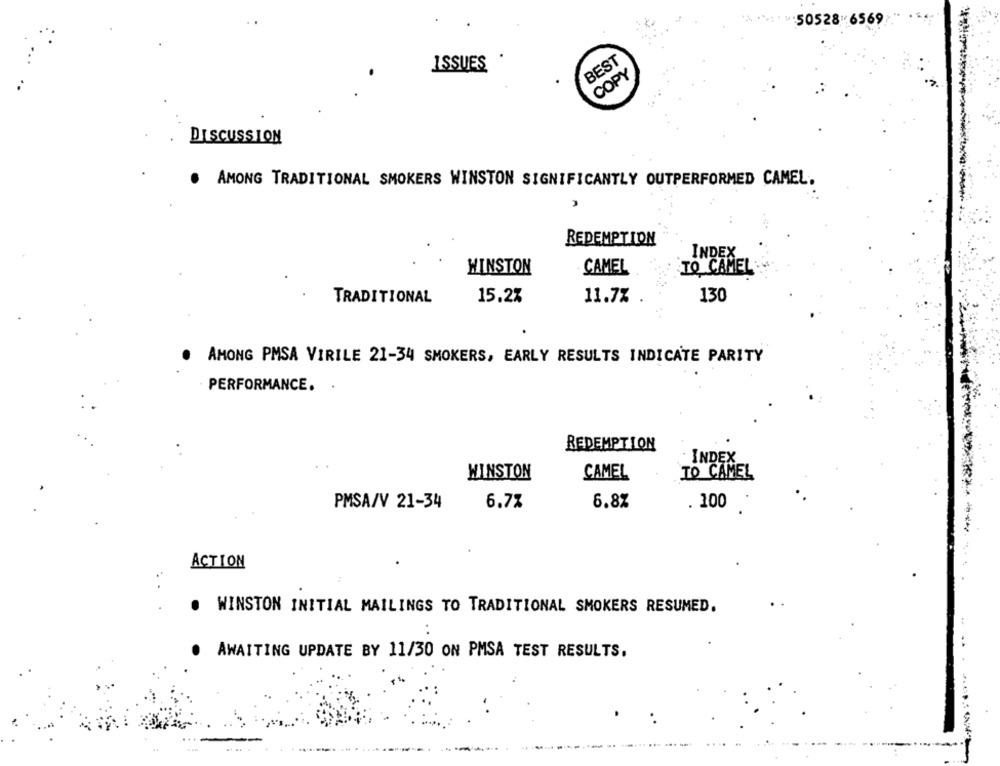
BEST
ISSUES
COPY
DISCUSSION
.
AMONG TRADITIONAL SMOKERS WINSTON SIGNIFICANTLY OUTPERFORMED CAMEL.
REDEMPTION
INDEX
WINSTON
CAMEL
TO CAMEL
TRADITIONAL
15.2%
11.7%
130
AMONG PMSA VIRILE 21-34 SMOKERS, EARLY RESULTS INDICATE PARITY
PERFORMANCE. .
REDEMPTION
INDEX
WINSTON
TO CAMEL
CAMEL
PMSA/V 21-34
6.7%
6.8%
. 100
ACTION
. WINSTON INITIAL MAILINGS TO TRADITIONAL SMOKERS RESUMED.
AWAITING UPDATE BY 11/30 ON PMSA TEST RESULTS.